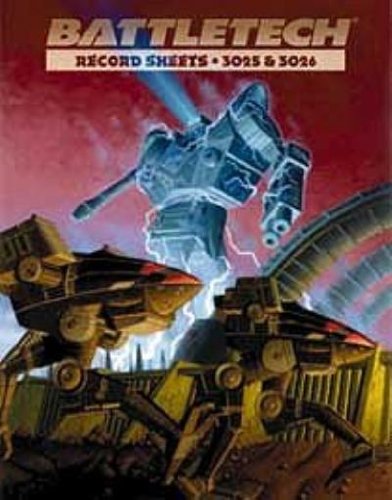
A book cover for Battletech: Record Sheets 3025 and 3026; Sports & Outdoors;